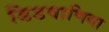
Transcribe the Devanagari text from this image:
डिडवाणिया